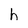
Character: h